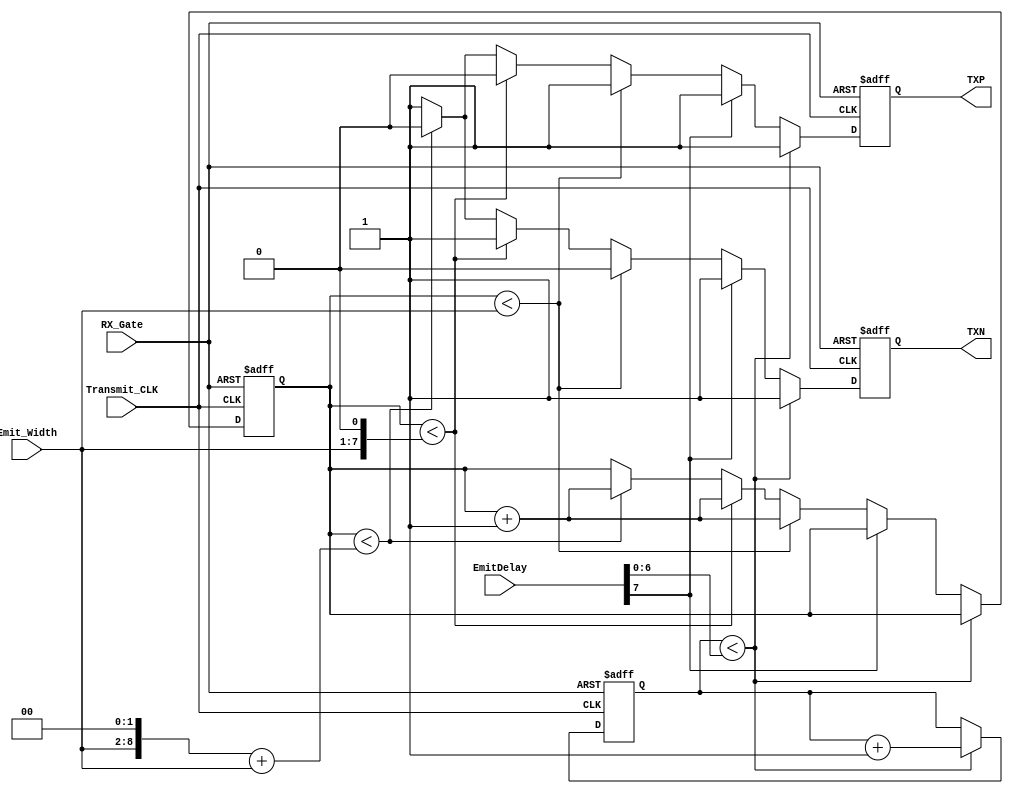
module  EmitOneCH_2
(
  input         Transmit_CLK,                
  input         RX_Gate,                    
  input   [7:0] EmitDelay,                  
  input   [6:0] Emit_Width,                
  output  reg   TXP,
  output  reg   TXN
  );  
  reg  [6:0]  Emit_Counter;
  reg  [6:0]  Delay_Counter;
  always @(posedge Transmit_CLK or negedge RX_Gate)
  begin
  	if(~RX_Gate) 
	 begin
  		Emit_Counter  <= 7'd0;
  		Delay_Counter <= 8'd0;
  		TXP           <= 1'b1;
  		TXN           <= 1'b1;
  	end
  	else
  		begin
  		  if(Delay_Counter < EmitDelay[6:0] ) begin
  				Delay_Counter <= Delay_Counter + 1'b1;
  				TXP           <= 1'b1;
				TXN           <= 1'b1;
		  end
  		  else begin
			if(~EmitDelay[7]) begin  
				if(Emit_Counter <Emit_Width)begin                        
					TXP <= 1'b1;
					TXN <= 1'b0;
					Emit_Counter <= Emit_Counter + 1'b1;
				end
				else if(Emit_Counter <{Emit_Width,1'b0})begin           
					TXP <= 1'b0;
					TXN <= 1'b1;
					Emit_Counter <= Emit_Counter + 1'b1;
				end		
				else if(Emit_Counter <({Emit_Width,2'b0}+Emit_Width))begin             
					TXP <= 1'b0;
					TXN <= 1'b0;
					Emit_Counter <= Emit_Counter + 1'b1;
				end
				else begin                                               
					TXP <= 1'b1;
					TXN <= 1'b1;
				end
			end
			else begin              
				TXP <= 1'b1;
				TXN <= 1'b1;
			end
		  end
	   end
  end
endmodule